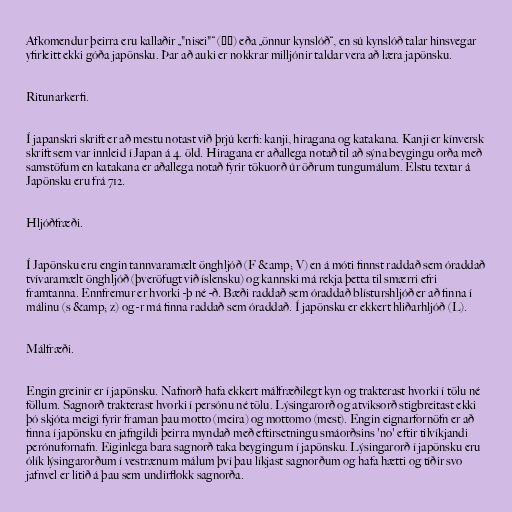
Afkomendur þeirra eru kallaðir „"nisei"“ (二世) eða „önnur kynslóð“, en sú kynslóð talar hinsvegar
yfirleitt ekki góða japönsku. Þar að auki er nokkrar milljónir taldar vera að læra japönsku.

Ritunarkerfi.

Í japanskri skrift er að mestu notast við þrjú kerfi: kanji, hiragana og katakana. Kanji er kínversk
skrift sem var innleid í Japan á 4. öld. Hiragana er aðallega notað til að sýna beygingu orða með
samstöfum en katakana er aðallega notað fyrir tökuorð úr öðrum tungumálum. Elstu textar á
Japönsku eru frá 712.

Hljóðfræði.

Í Japönsku eru engin tannvaramælt önghljóð (F &amp; V) en á móti finnst raddað sem óraddað
tvívaramælt önghljóð (þveröfugt við íslensku) og kannski má rekja þetta til smærri efri
framtanna. Ennfremur er hvorki -þ né -ð. Bæði raddað sem óraddað blísturshljóð er að finna í
málinu (s &amp; z) og -r má finna raddað sem óraddað. Í japönsku er ekkert hliðarhljóð (L).

Málfræði.

Engin greinir er í japönsku. Nafnorð hafa ekkert málfræðilegt kyn og trakterast hvorki í tölu né
föllum. Sagnorð trakterast hvorki í persónu né tölu. Lýsingarorð og atviksorð stigbreitast ekki
þó skjóta meigi fyrir framan þau motto (meira) og mottomo (mest). Engin eignarfornöfn er að
finna í japönsku en jafngildi þeirra myndað með eftirsetningu smáorðsins 'no' eftir tilvíkjandi
perónufornafn. Eiginlega bara sagnorð taka beygingum í japönsku. Lýsingarorð í japönsku eru
ólík lýsingarorðum í vestrænum málum því þau líkjast sagnorðum og hafa hætti og tíðir svo
jafnvel er litið á þau sem undirflokk sagnorða.